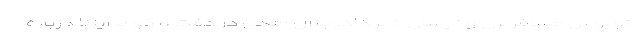
اتوبوس مسافربری و نیسان خبر داد. جلال ملکی در گفت و گو با ایلنا درباره